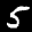
Label: 5